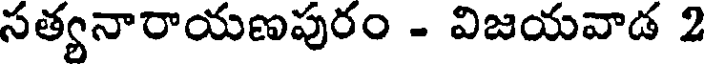
సత్యనారాయణపురం - విజయవాడ 2